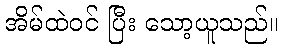
အိမ်ထဲဝင် ပြီး သော့ယူသည်။